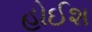
હોઈશ